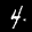
Label: 4